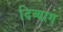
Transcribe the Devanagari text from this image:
दिव्याग